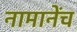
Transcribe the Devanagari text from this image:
नामानेंच